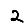
Digit: 2